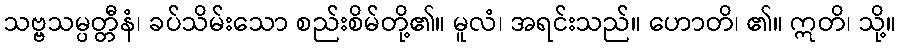
သဗ္ဗသမ္ပတ္တီနံ၊ ခပ်သိမ်းသော စည်းစိမ်တို့၏။ မူလံ၊ အရင်းသည်။ ဟောတိ၊ ၏။ ဣတိ၊ သို့။